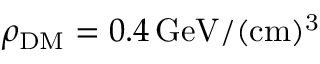
\rho _ { \mathrm { D M } } = 0 . 4 \, \mathrm { G e V } / ( \mathrm { c m ) ^ { 3 } }